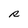
Character: R